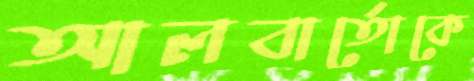
আলবার্তোকে